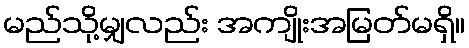
မည်သို့မျှလည်း အကျိုးအမြတ်မရှိ။